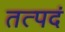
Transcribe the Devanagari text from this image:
तत्पदं